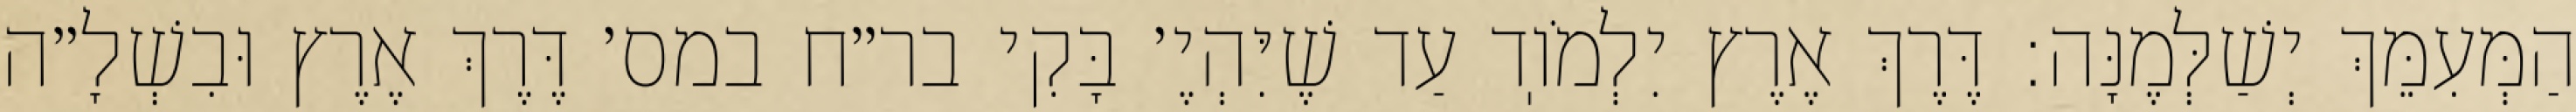
הַמְּעִמֵּךְ יְשַׁלְּמֶנָּה: דֶּרֶךְ אֶרֶץ יִלְמֹוֽד עַד שֶׁיִּהְיֶ׳ בָּקִי בר״ח במס׳ דֶּרֶךְ אֶרֶץ וּבִשְׁלָ״ה